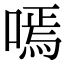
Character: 嘕